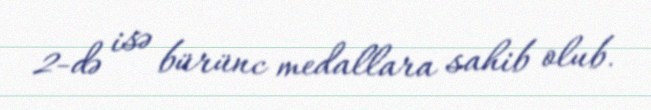
2-də isə bürünc medallara sahib olub.